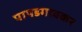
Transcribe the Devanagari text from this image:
पापडगावकर